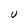
Character: U